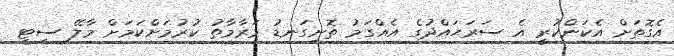
އެގޮތަށް އެކަންކުރީ އެ ސަރަޙައްދުގެ އެއްގަމު ތޮށިގަނޑު މަރާމާތު ކުރުމަށްކަމަށް މާލޭ ސިޓީ